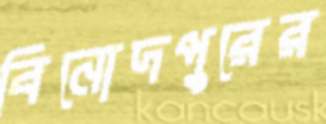
বিনোদপুরের